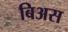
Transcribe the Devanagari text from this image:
बिअस